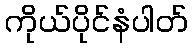
ကိုယ်ပိုင်နံပါတ်